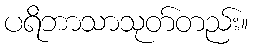
ပရိဘာသာသုတ်တည်း။